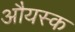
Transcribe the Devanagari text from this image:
औयस्क